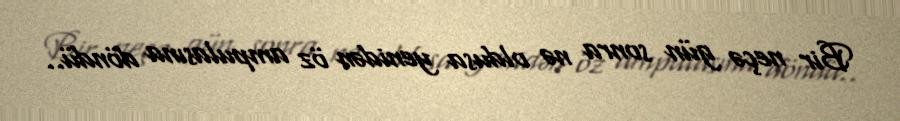
Bir neçə gün sonra nə oldusa yenidən öz ampulasına döndü..